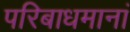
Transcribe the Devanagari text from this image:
परिबाधमानां